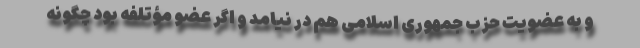
و به عضویت حزب جمهوری اسلامی هم در نیامد و اگر عضو مؤتلفه بود چگونه